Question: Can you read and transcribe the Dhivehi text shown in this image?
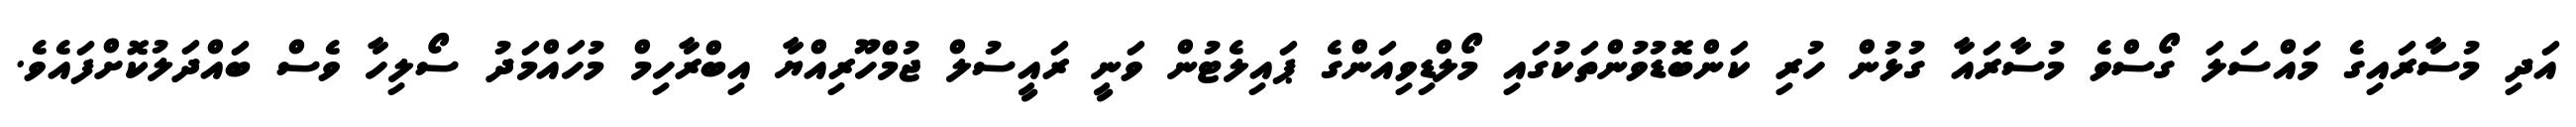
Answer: އަދި މުސާރައިގެ މައްސަލަ ގޯސްވެ މުސާރައާ ގުޅުން ހުރި ކަންބޮޑުވުންތަކުގައި މޯލްޑިވިއަންގެ ޕައިލެޓުން ވަނީ ރައީސުލް ޖުމްހޫރިއްޔާ އިބްރާހިމް މުހައްމަދު ސޯލިހާ ވެސް ބައްދަލުކޮށްފައެވެ.